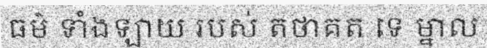
ធម៌ ទាំងឡាយ របស់ តថាគត ទេ ម្នាល